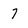
Character: 7